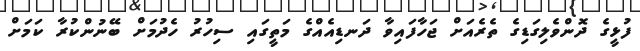
ފުޅީގެ ދޮންވެލިގަޑިގެ ތެރެއަށް ޖަހާފައިވާ ދަނޑިއެއްގެ މަތީގައި ސިހުރު ހެދުމަށް ބޭނުންކުރާ ކަމަށް